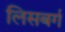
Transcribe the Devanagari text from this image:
लिसबर्ग